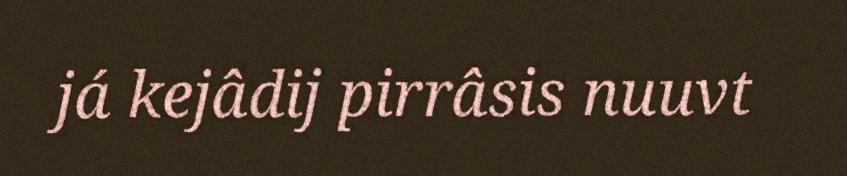
já kejâdij pirrâsis nuuvt